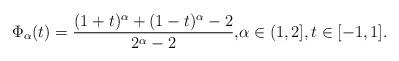
LaTeX: \begin{align*}\Phi_\alpha(t) = \frac{(1+t)^\alpha + (1-t)^\alpha -2}{2^\alpha-2}, & \alpha\in (1, 2],t\in[-1,1].\end{align*}